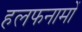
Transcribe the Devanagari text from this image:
हलफनामों